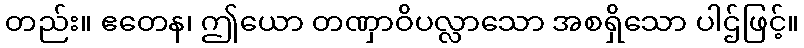
တည်း။ ဧတေန၊ ဤယော တဏှာဝိပလ္လာသော အစရှိသော ပါဌ်ဖြင့်။